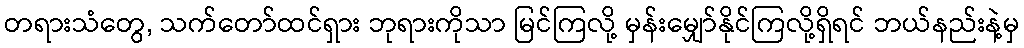
တရားသံတွေ, သက်တော်ထင်ရှား ဘုရားကိုသာ မြင်ကြလို့ မှန်းမျှော်နိုင်ကြလို့ရှိရင် ဘယ်နည်းနဲ့မှ